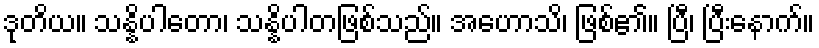
ဒုတိယ။ သန္နိပါတော၊ သန္နိပါတဖြစ်သည်။ အဟောသိ၊ ဖြစ်၏။ ပြီ၊ ပြီးနောက်။